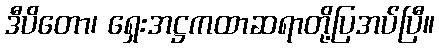
ဒီပိတော၊ ရှေးအဋ္ဌကထာဆရာတို့ပြအပ်ပြီ။